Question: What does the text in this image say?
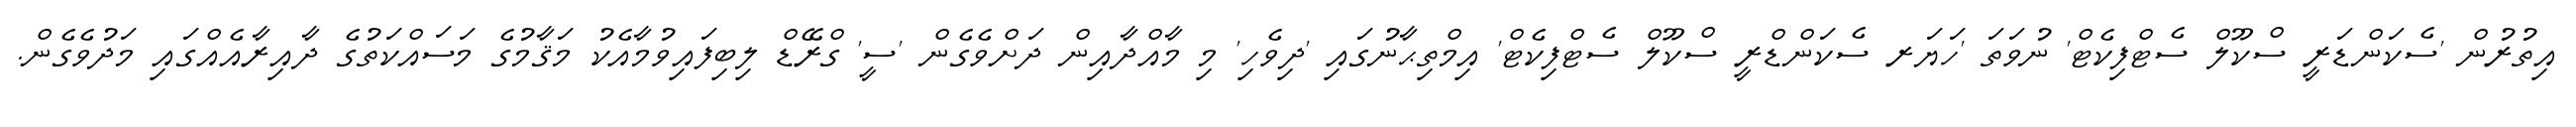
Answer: އިތުރުން 'ސެކަންޑަރީ ސްކޫލް ސެޓްފިކެޓް' ނުވަތަ 'ހަޔަރ ސެކަންޑްރީ ސްކޫލް ސެޓްފިކެޓް' އިމްތިޙާނުގައި 'ދިވެހި' މި މާއްދާއިން ދަށްވެގެން 'ސީ' ގްރޭޑް ލިބިފައިވުމާއެކު މަޤާމުގެ މަސައްކަތުގެ ދާއިރާއެއްގައި މަދުވެގެން.